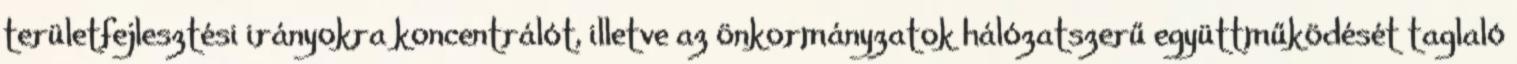
területfejlesztési irányokra koncentrálót, illetve az önkormányzatok hálózatszerű együttműködését taglaló